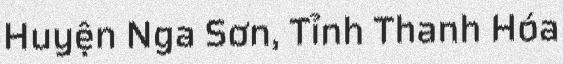
Huyện Nga Sơn, Tỉnh Thanh Hóa